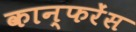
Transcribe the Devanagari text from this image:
कान्फरेंस